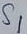
Text: S1